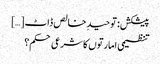
پیشکش: توحیدِ خالص ڈاٹ […]
تنظیمی امارتوں کا شرعی حکم؟